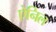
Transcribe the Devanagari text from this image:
ऐनिल